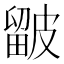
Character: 𥀓